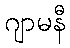
ဂျာမနီ